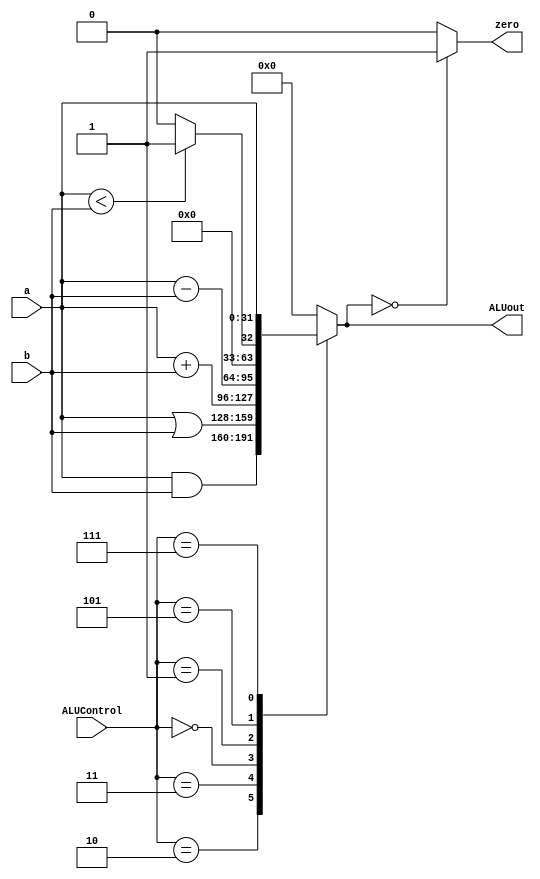
module ALU (zero,ALUout,a,b,ALUControl);
	
	output reg zero;
	output reg signed [31:0] ALUout;
	input [2:0] ALUControl;
	input [31:0] a,b;
	
	always @(*) 
	begin
		case (ALUControl)
		3'd2 : ALUout = a & b;   //bitwise and //& no op. (FPU op.)
		3'd3 : ALUout = a | b;   //bitwise or
		3'd0 : ALUout = a + b;   //addition
		3'd1 : ALUout = a - b;   //subtraction
		3'd5 : ALUout = (a<b)? 1:0;   //compare
		3'd7 : ALUout = a;	//
		default : ALUout = 0;
		endcase
		
		if (ALUout == 0)
			zero = 1;
		else 
			zero = 0;
	end
endmodule